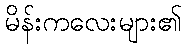
မိန်းကလေးများ၏